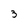
Character: 3